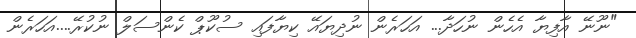
"ނޫނޭ އާފިޔާ އެހެން ނުހަދާ... އަހަރެން ނުދިޔައޭ ކިޔާފައި ސުކޫޕް ކެންސަލް ނުކުރޭ....އަހަރެން